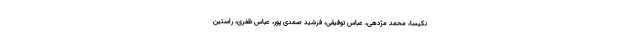
نکیسا، محمد مژدهی، عباس توفیقی، فرشید صمدی پور، عباس ظفری، راستین